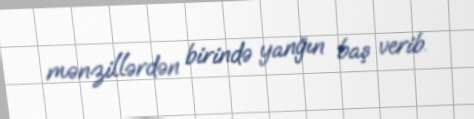
mənzillərdən birində yanğın baş verib.